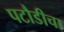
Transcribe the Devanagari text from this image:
पटौडीचा